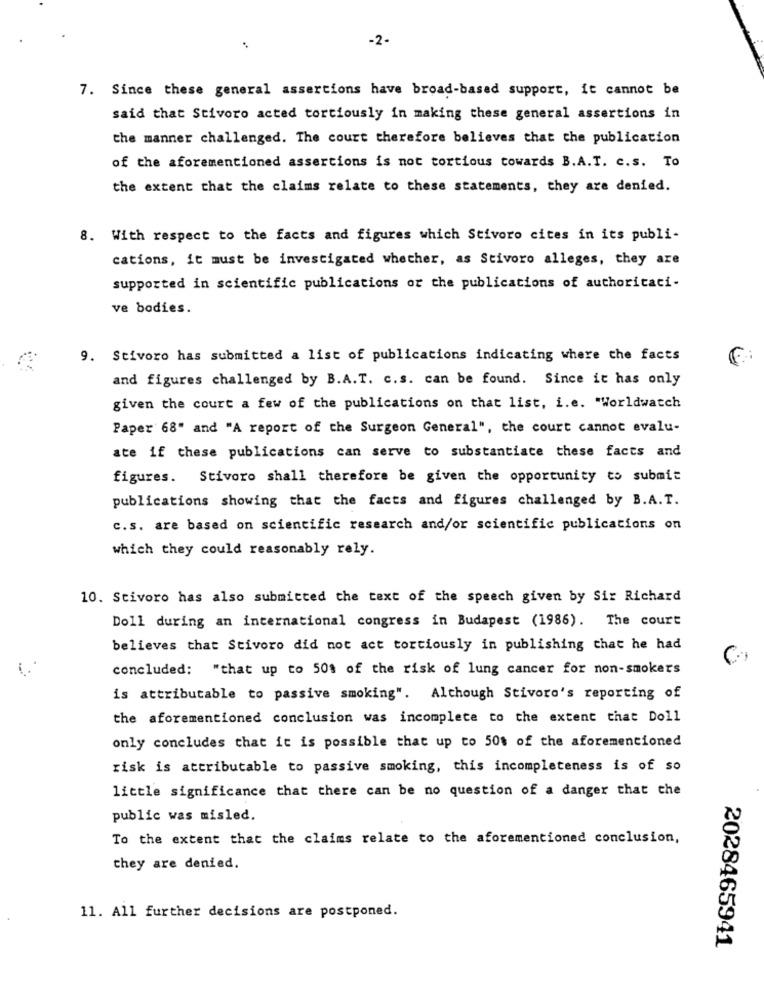
-2-
7. Since these general assertions have broad-based support, it cannot be
said that Stivoro acted tortiously in making these general assertions in
the manner challenged. The court therefore believes that the publication
of the aforementioned assertions is not tortious towards B.A.T. c.s. To
the extent that the claims relate to these statements, they are denied.
8. With respect to the facts and figures which Stivoro cites in its publi-
cations, it must be investigated whether, as Stivoro alleges, they are
supported in scientific publications or the publications of authoritaci-
ve bodies.
9. Stivoro has submitted a list of publications indicating where the facts
and figures challenged by B.A.T. c.s. can be found. Since it has only
given the court a few of the publications on that list, i.e. "Worldwatch
Paper 68" and "A report of the Surgeon General", the court cannot evalu-
ate if these publications can serve to substantiate these facts and
figures. Stivoro shall therefore be given the opportunity to submit
publications showing that the facts and figures challenged by B.A.T.
c.s. are based on scientific research and/or scientific publications on
which they could reasonably rely.
10. Scivoro has also submitted the text of the speech given by Sir Richard
Doll during an international congress in Budapest (1986). The court
believes that Stivoro did not act torciously in publishing that he had
concluded: "that up to 50% of the risk of lung cancer for non-smokers
is attributable to passive smoking". Although Stivoro's reporting of
the aforementioned conclusion was incomplete to the extent that Doll
only concludes that it is possible that up to 50% of the aforementioned
risk is attributable to passive smoking, this incompleteness is of so
little significance that there can be no question of a danger that che
public was misled.
To the extent that the claims relate to the aforementioned conclusion,
they are denied.
11. All further decisions are postponed.
2028465941